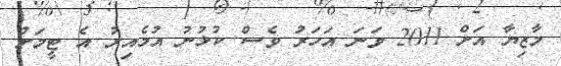
މާޒިޔާ އަށް 2011 ވަނަ އަހަރު ވެސް ކުޅުނު އުމެއިރު އެ ޓީމަށް